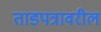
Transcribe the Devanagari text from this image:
ताडपत्रावरील